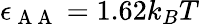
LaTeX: \epsilon_{\mathrm{~A~A~}}=1.62k_{B}T